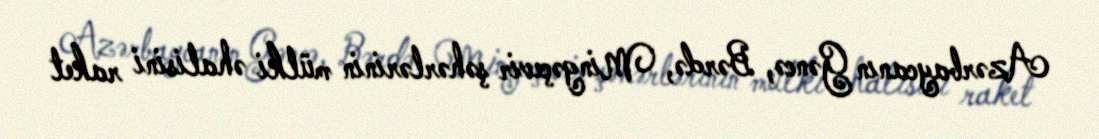
Azərbaycanın Gəncə, Bərdə, Mingəçevir şəhərlərinin mülki əhalisini raket